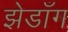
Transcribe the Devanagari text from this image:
झेडाँग